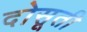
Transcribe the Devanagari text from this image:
दोसूती